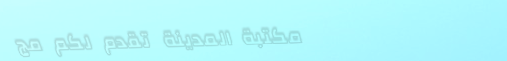
مكتبة المدينة تقدم لكم مج